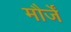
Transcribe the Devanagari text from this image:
मौर्जें